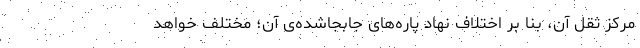
مرکز ثقل آن، بنا بر اختلاف نهاد پاره‌های جابجاشده‌ی آن؛ مختلف خواهد